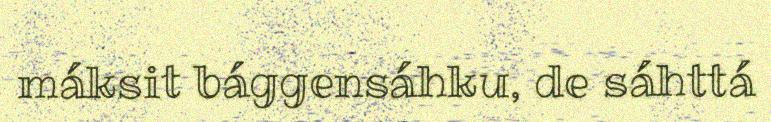
máksit bággensáhku, de sáhttá